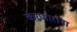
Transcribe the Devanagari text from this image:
करणारांना